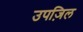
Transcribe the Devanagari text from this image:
उपज़िल